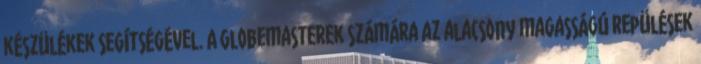
készülékek segítségével. A Globemasterek számára az alacsony magasságú repülések